Lunatic asylums Central Provinces reports 1910-1926 - 1910-1926
Year: 1910
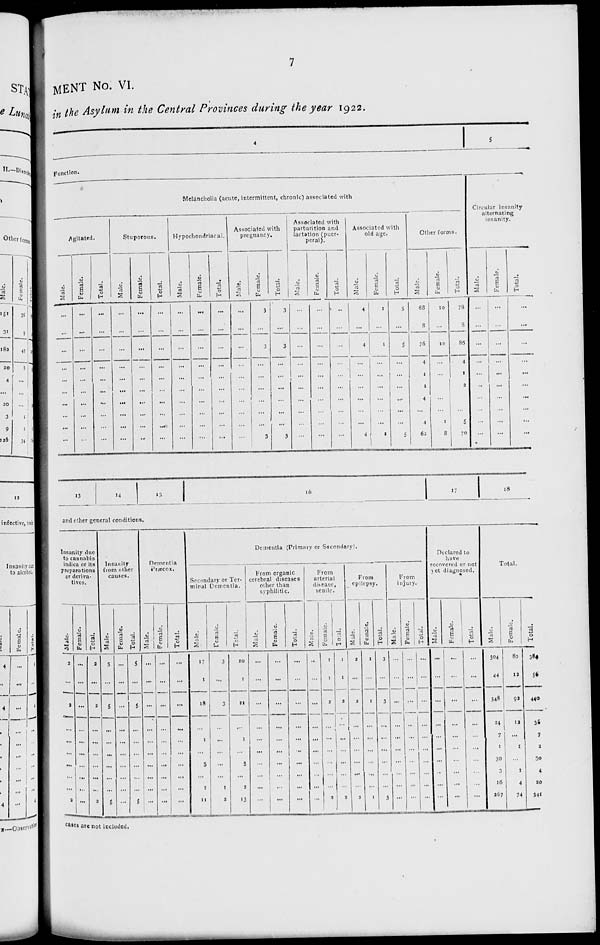
7
MENT No. VI.
in the Asylum in the Central Provinces during the year 1922.
4
5
Function.
Melancholia (acute, intermittent, chronic) associated with
Agitated.
Male.
...
...
...
...
...
...
...
...
...
...
Female.
...
...
...
...
...
...
...
...
...
...
Total.
...
...
...
...
...
...
...
...
...
...
Stuporous.
Male.
...
...
...
...
...
...
...
...
...
...
Female.
...
...
...
...
...
...
...
...
...
...
Total.
...
...
...
...
...
...
...
...
...
...
Hypochondriacal.
Male.
...
...
...
...
...
...
...
...
...
...
Female.
...
...
...
...
...
...
...
...
...
...
Total.
...
...
...
...
...
...
...
...
...
...
Associated with
pregnancy.
Male.
...
...
...
...
...
...
...
...
...
...
Female.
3
...
3
...
...
...
...
...
...
3
Total.
3
...
3
...
...
...
...
...
...
3
Associated with
parturition and
lactation (puer-
peral).
Male.
...
...
...
...
...
...
...
...
...
...
Female.
...
...
...
...
...
...
...
...
...
...
Total.
...
...
...
...
...
...
...
...
...
...
Associated with
old age.
Male.
4
...
4
...
...
...
...
...
...
4
Female.
1
...
1
...
...
...
...
...
...
1
Total.
5
...
5
...
...
...
...
...
...
5
Other forms.
Male.
68
8
76
4
1
1
4
...
4
62
Female.
10
...
10
...
...
1
...
...
1
8
Total.
78
8
86
4
1
2
...
...
5
70
Circular insanity
alternating
insanity.
Male.
...
...
...
...
...
...
...
...
...
...
Female.
...
...
...
...
...
...
...
...
...
...
Total.
...
...
...
...
...
...
...
...
...
...
13
14
15
16
17
18
and other general conditions.
Insanity due
to cannabis
indica or its
preparations
or deriva-
tives.
Male.
2
...
2
...
...
...
...
...
...
3
Female.
...
...
...
...
...
...
...
...
...
...
Total.
2
...
2
...
...
...
...
...
...
3
Insanity
from other
causes.
Male.
5
...
5
...
...
...
...
...
...
5
Female.
...
...
...
...
...
...
...
...
...
...
Total.
5
...
5
...
...
...
...
....
...
5
Dementia
Præcox.
Male.
...
...
...
...
...
...
...
...
...
...
Female.
...
...
...
...
...
...
...
...
...
...
Total.
...
...
...
...
...
...
...
...
...
...
Dementia (Primary or Secondary).
Secondary or Ter-
minal Dementia.
Male.
17
1
18
...
1
...
5
...
1
11
Female.
3
...
3
...
...
...
...
...
1
2
Total.
20
1
21
...
1
...
5
...
2
13
From organic
cerebral diseases
other than
syphilitic.
Male.
...
...
...
...
...
...
...
...
...
...
Female.
...
...
...
...
...
...
...
...
...
...
Total.
...
...
...
...
...
...
...
...
...
...
From
arterial
disease,
senile.
Male.
...
...
...
...
...
...
...
...
...
...
Female.
1
1
2
...
...
...
...
...
...
2
Total.
1
1
2
...
...
...
...
...
...
2
From
epilepsy.
Male.
2
...
2
...
...
...
...
...
...
2
Female.
1
...
1
...
...
...
...
...
...
1
Total.
3
...
3
...
...
...
...
...
...
3
From
injury.
Male.
...
...
...
...
...
...
...
...
...
...
Female.
...
...
...
...
...
...
...
...
...
...
Total.
...
...
...
...
...
...
...
...
...
...
Declared to
have
recovered or not
yet diagnosed.
Male.
...
...
...
...
...
...
...
...
...
...
Female.
...
...
...
...
...
...
...
...
...
...
Total.
...
...
...
...
...
...
...
...
...
...
Total.
Male.
304
44
348
24
7
1
30
3
16
267
Female.
80
12
92
12
...
1
...
1
4
74
Total.
384
56
440
36
7
2
30
4
20
341
cases are not included.